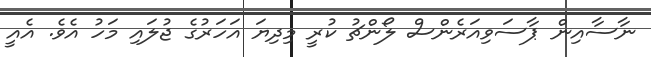
ނާސާއިން ޕާސަވިއަރެންސް ލޯންޗު ކުރީ މިދިޔަ އަހަރުގެ ޖުލައި މަހު އެވެ. އެއީ